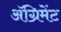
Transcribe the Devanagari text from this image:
ॲग्रिमेंट